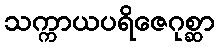
သက္ကာယပရိဇေဂုစ္ဆာ